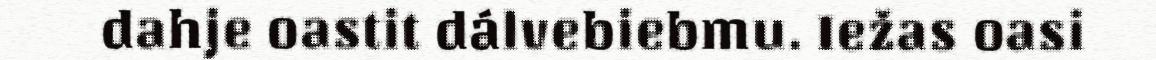
dahje oastit dálvebiebmu. Iežas oasi